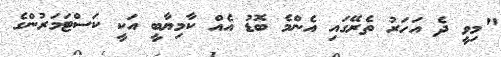
"މިވީ ދެ އަހަރު ތެރޭގައި އެންމެ ބޮޑު އެއް ކާމިޔާބީ އަކީ ކަސްޓަމަރުންގެ